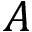
A